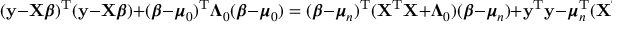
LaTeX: ( \mathbf { y } - \mathbf { X } { \boldsymbol { \beta } } ) ^ { \mathrm { { T } } } ( \mathbf { y } - \mathbf { X } { \boldsymbol { \beta } } ) + ( { \boldsymbol { \beta } } - { \boldsymbol { \mu } } _ { 0 } ) ^ { \mathrm { { T } } } { \boldsymbol { \Lambda } } _ { 0 } ( { \boldsymbol { \beta } } - { \boldsymbol { \mu } } _ { 0 } ) = ( { \boldsymbol { \beta } } - { \boldsymbol { \mu } } _ { n } ) ^ { \mathrm { { T } } } ( \mathbf { X } ^ { \mathrm { { T } } } \mathbf { X } + { \boldsymbol { \Lambda } } _ { 0 } ) ( { \boldsymbol { \beta } } - { \boldsymbol { \mu } } _ { n } ) + \mathbf { y } ^ { \mathrm { { T } } } \mathbf { y } - { \boldsymbol { \mu } } _ { n } ^ { \mathrm { { T } } } ( \mathbf { X } ^ { \mathrm { { T } } } \mathbf { X } + { \boldsymbol { \Lambda } } _ { 0 } ) { \boldsymbol { \mu } } _ { n } + { \boldsymbol { \mu } } _ { 0 } ^ { \mathrm { { T } } } { \boldsymbol { \Lambda } } _ { 0 } { \boldsymbol { \mu } } _ { 0 } .